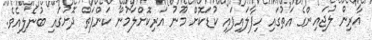
އާރިން ލުޖައިންގެ އަތުގައި ހިފާލައިފައި ކުޑަކޮށް މޫނު އަރިކޮށްލަމުން ކަންފަތް ދޮށުގައި ބުނެލިއެވެ.